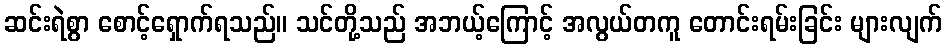
ဆင်းရဲစွာ စောင့်ရှောက်ရသည်။ သင်တို့သည် အဘယ့်ကြောင့် အလွယ်တကူ တောင်းရမ်းခြင်း များလျက်